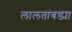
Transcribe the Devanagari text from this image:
लालतांबड्या